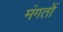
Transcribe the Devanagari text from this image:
मंगतों